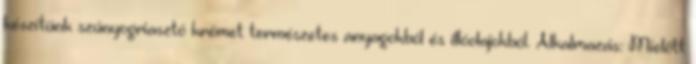
készítünk szúnyogriasztó krémet természetes anyagokból és illóolajokból. Alkalmazás: Mielőtt